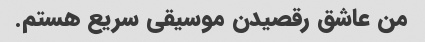
من عاشق رقصیدن موسیقی سریع هستم.